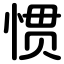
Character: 惯